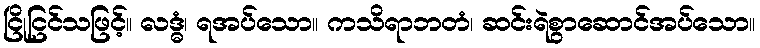
ငြိုငြင်သဖြင့်။ လဒ္ဓံ၊ ရအပ်သော။ ကသိရာဘတံ၊ ဆင်းရဲစွာဆောင်အပ်သော။